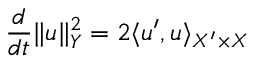
\frac { d } { d t } \lVert u \rVert _ { Y } ^ { 2 } = 2 \langle u ^ { \prime } , u \rangle _ { X ^ { \prime } \times X }